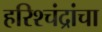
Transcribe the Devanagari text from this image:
हरिश्चंद्रांचा